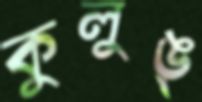
কুলুঙ্